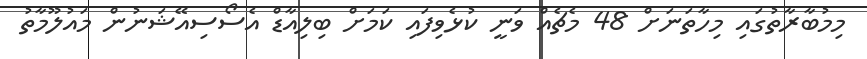
މިމުބާރާތުގައި މިހާތަނަށް 48 މެޗެއް ވަނީ ކުޅެވިފައި ކަމަށް ބިލިއާޑް އެސޯސިއޭޝަނުން މައުލޫމާތު